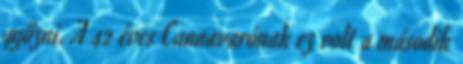
győzni. A 42 éves Cannavarónak ez volt a második